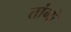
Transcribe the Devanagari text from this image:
तांगो